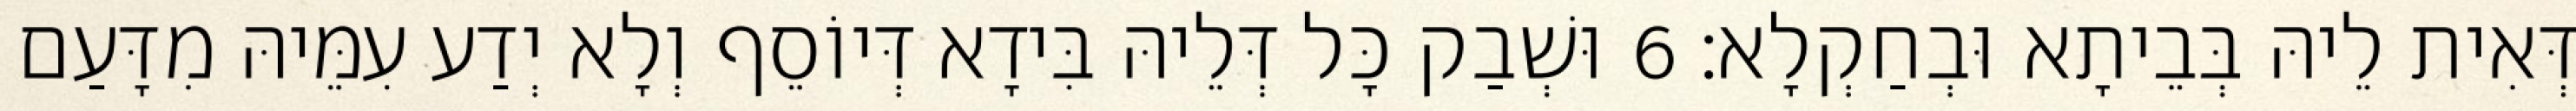
דְּאִית לֵיהּ בְּבֵיתָא וּבְחַקְלָא׃ 6 וּשְׁבַק כָּל דְּלֵיהּ בִּידָא דְּיוֹסֵף וְלָא יְדַע עִמֵּיהּ מִדָּעַם